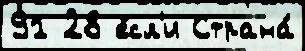
91 28 е́сл'и Страна́